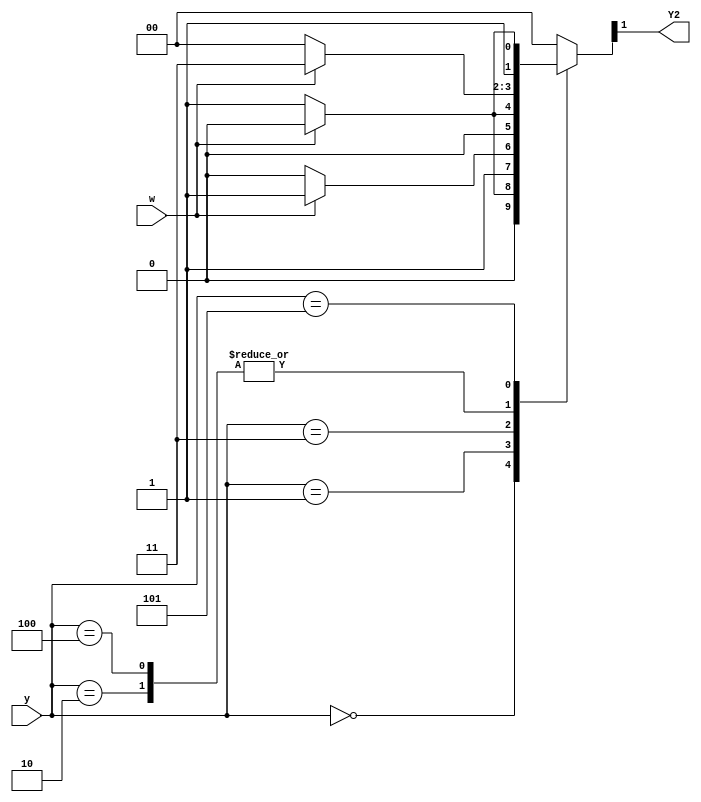
module top_module (
    input [3:1] y,
    input w,
    output Y2);

    wire [3:1] next_y;
    
    assign Y2 = next_y[2];
    
    always @(*) begin
        case (y)
            3'b000: next_y = w? 3'b000 : 3'b001;
            3'b001: next_y = w? 3'b011 : 3'b010;
            3'b010: next_y = w? 3'b011 : 3'b100;
            3'b011: next_y = w? 3'b000 : 3'b101;
            3'b100: next_y = w? 3'b011 : 3'b100;
            3'b101: next_y = w? 3'b010 : 3'b011;
            default: next_y = 3'b000;
        endcase
    end
endmodule